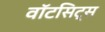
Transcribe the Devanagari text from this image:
वॉटसिट्स